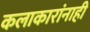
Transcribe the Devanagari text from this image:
कलाकारांनाही